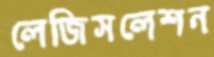
লেজিসলেশন